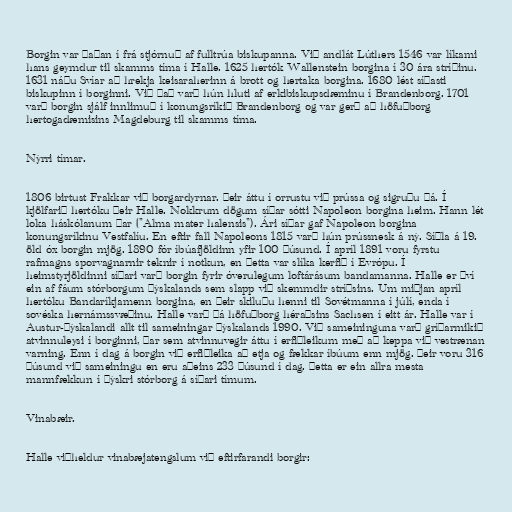
Borgin var þaðan í frá stjórnuð af fulltrúa biskupanna. Við andlát Lúthers 1546 var líkami
hans geymdur til skamms tíma í Halle. 1625 hertók Wallenstein borgina í 30 ára stríðinu.
1631 náðu Svíar að hrekja keisaraherinn á brott og hertaka borgina. 1680 lést síðasti
biskupinn í borginni. Við það varð hún hluti af erkibiskupsdæminu í Brandenborg. 1701
varð borgin sjálf innlimuð í konungsríkið Brandenborg og var gerð að höfuðborg
hertogadæmisins Magdeburg til skamms tíma.

Nýrri tímar.

1806 birtust Frakkar við borgardyrnar. Þeir áttu í orrustu við prússa og sigruðu þá. Í
kjölfarið hertóku þeir Halle. Nokkrum dögum síðar sótti Napoleon borgina heim. Hann lét
loka háskólanum þar ("Alma mater halensis"). Ári síðar gaf Napoleon borgina
konungsríkinu Vestfalíu. En eftir fall Napoleons 1815 varð hún prússnesk á ný. Síðla á 19.
öld óx borgin mjög. 1890 fór íbúafjöldinn yfir 100 þúsund. Í apríl 1891 voru fyrstu
rafmagns sporvagnarnir teknir í notkun, en þetta var slíka kerfið í Evrópu. Í
heimstyrjöldinni síðari varð borgin fyrir óverulegum loftárásum bandamanna. Halle er því
ein af fáum stórborgum Þýskalands sem slapp við skemmdir stríðsins. Um miðjan apríl
hertóku Bandaríkjamenn borgina, en þeir skiluðu henni til Sovétmanna í júlí, enda í
sovéska hernámssvæðinu. Halle varð þá höfuðborg héraðsins Sachsen í eitt ár. Halle var í
Austur-Þýskalandi allt til sameiningar Þýskalands 1990. Við sameininguna varð gríðarmikið
atvinnuleysi í borginni, þar sem atvinnuvegir áttu í erfiðleikum með að keppa við vestrænan
varning. Enn í dag á borgin við erfiðleika að etja og fækkar íbúum enn mjög. Þeir voru 316
þúsund við sameiningu en eru aðeins 233 þúsund í dag. Þetta er ein allra mesta
mannfækkun í þýskri stórborg á síðari tímum.

Vinabæir.

Halle viðheldur vinabæjatengslum við eftirfarandi borgir: